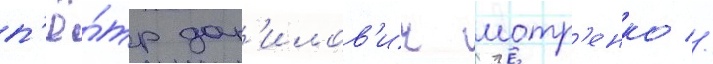
п'ё́тр дан'илов'ич мотр'енко //